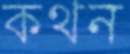
কথন